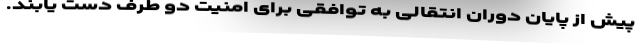
پیش از پایان دوران انتقالی به توافقی برای امنیت دو طرف دست یابند.